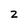
Character: 2